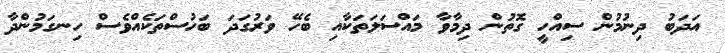
އަދަބު ދިނުމުން ސިއްހީ ގޮތުން ދިމާވާ މައްސަލަތަކާއި ބެހޭ ވަރުގަދަ ބަހުސްތަކެއްވެސް ހިނގަމުންދާ